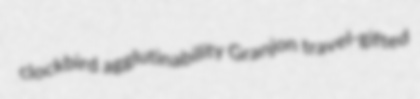
clockbird agglutinability Granjon travel-gifted